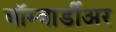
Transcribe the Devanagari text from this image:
बॉम्बार्डीअर